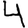
Digit: 4